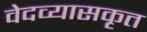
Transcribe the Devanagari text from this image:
वेदव्यासकृत